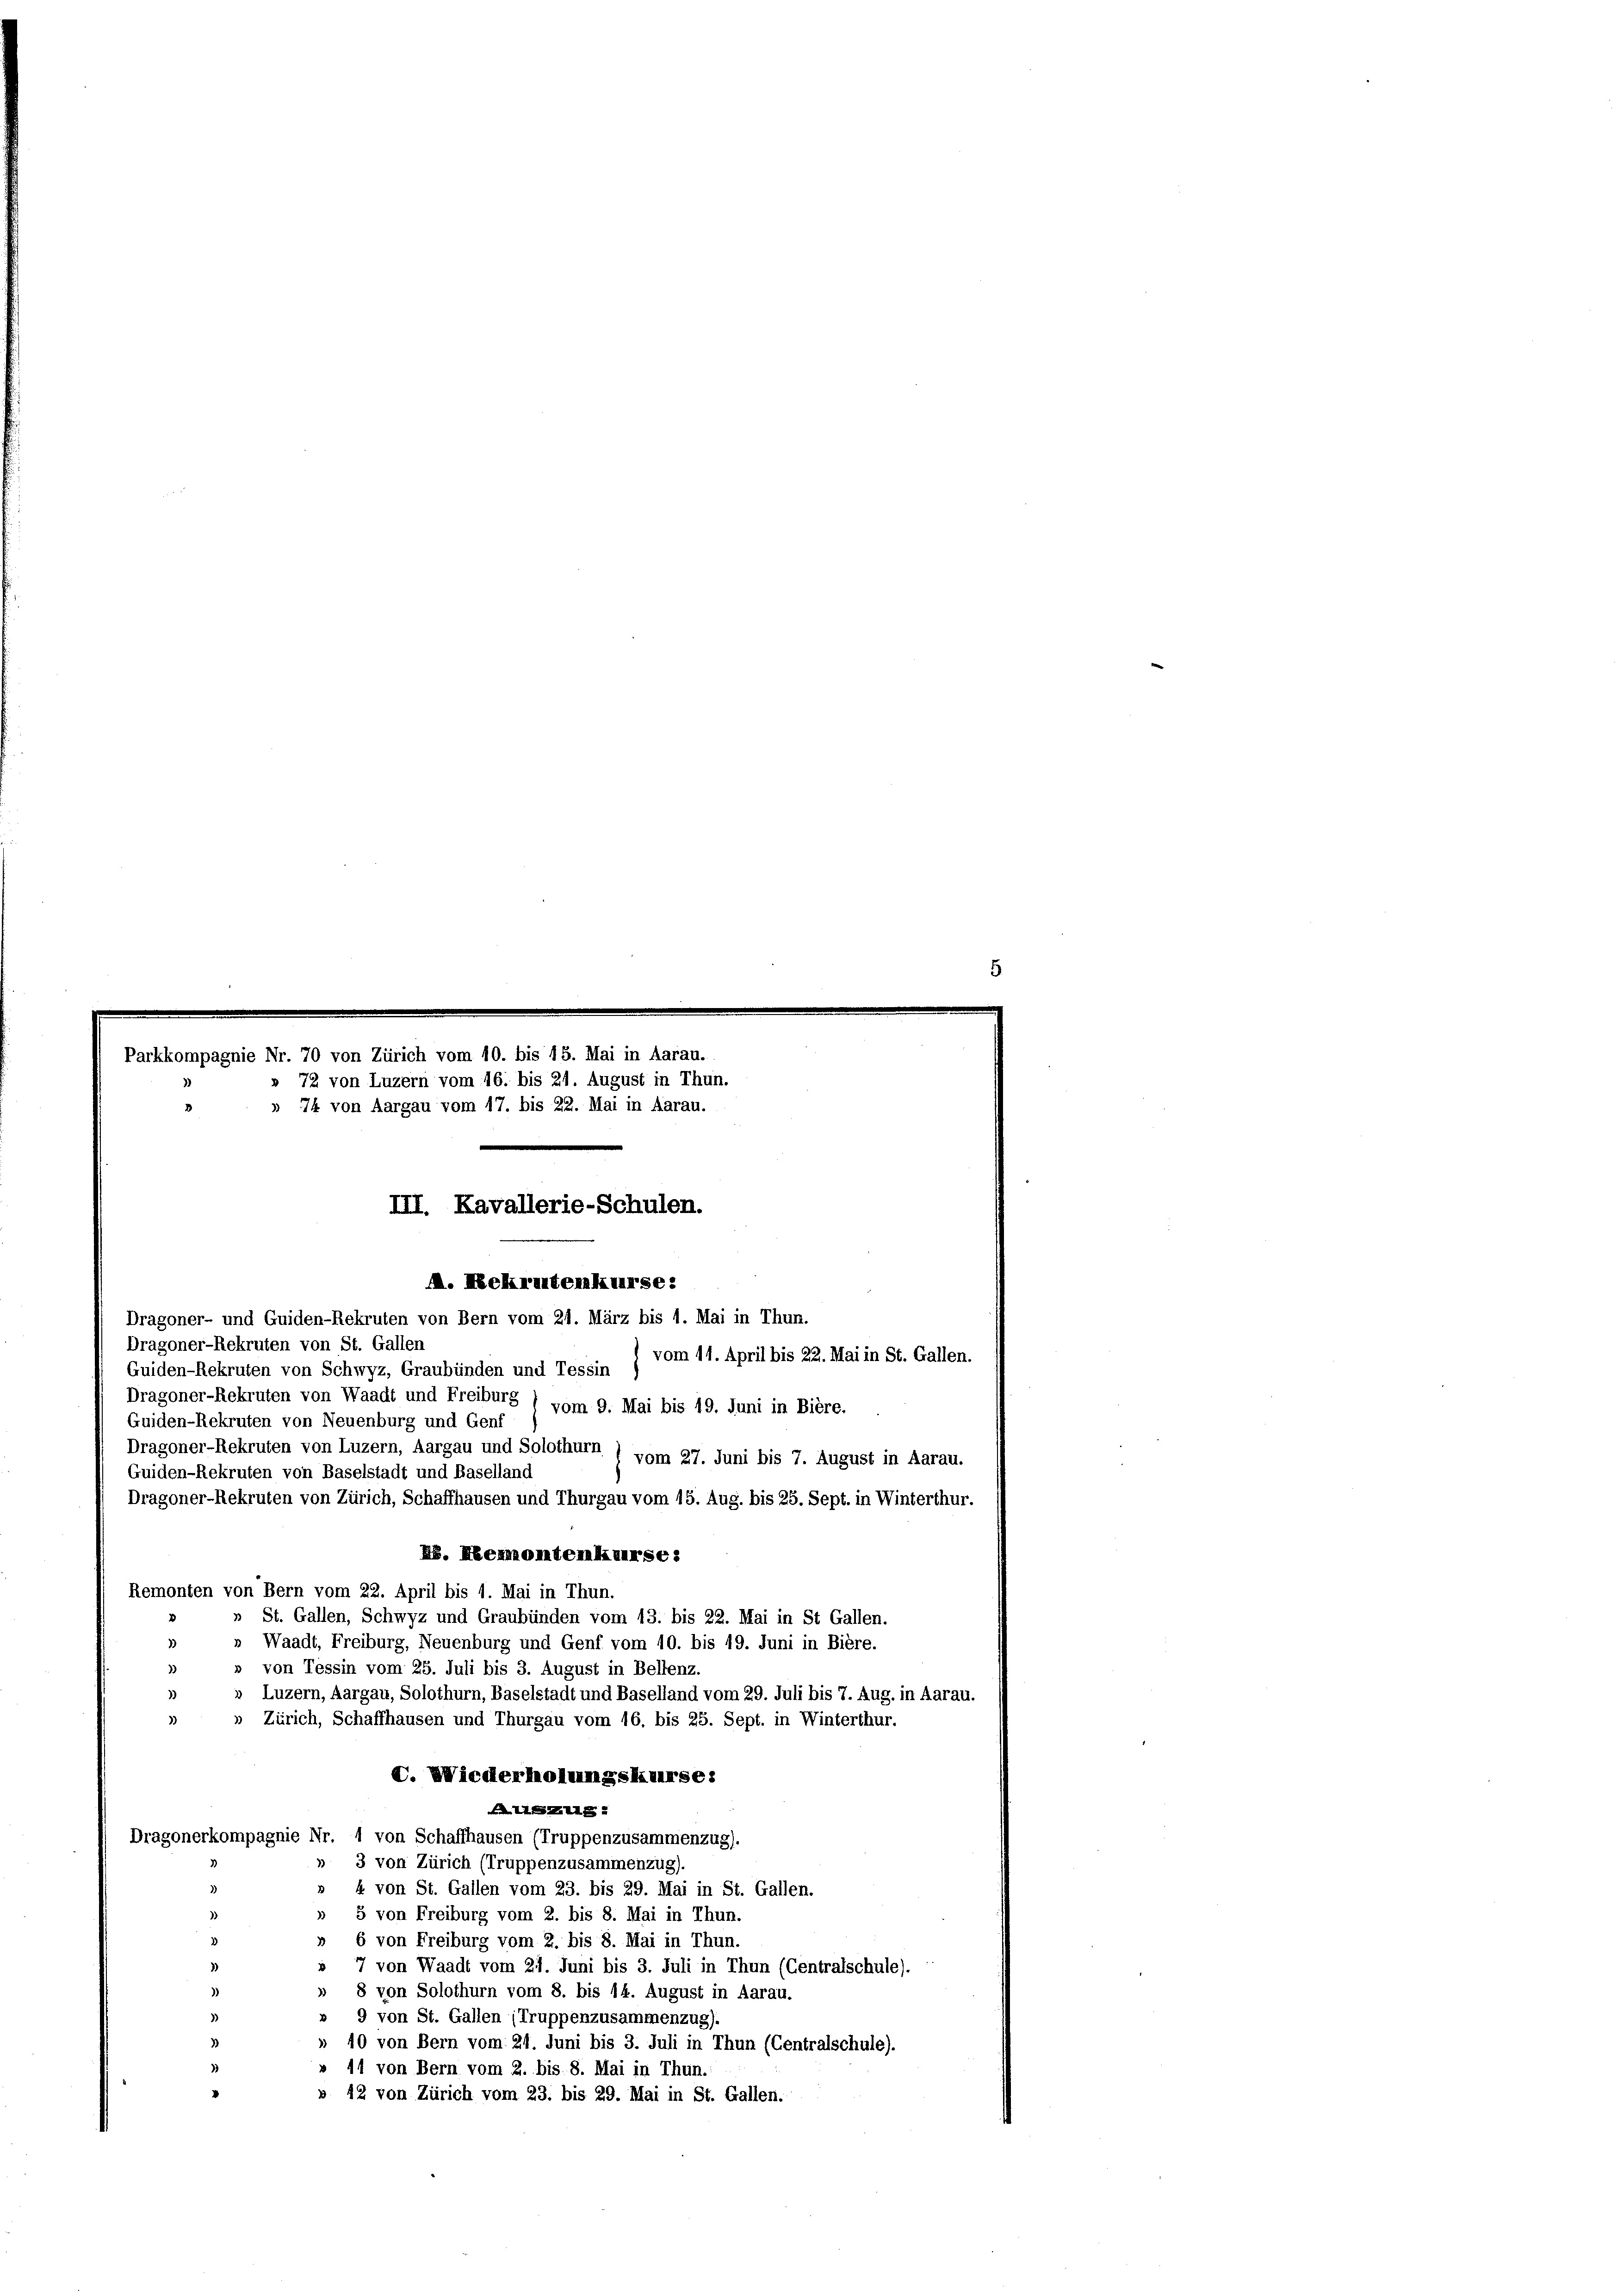
Parkkompagnie Nr. 70 von Zürich vom 10. bis 15. Mai in Aarau.
» 72 von Luzern vom 16. bis 21. August in Thun.
» 74 von Aargau vom 17. bis 22. Mai in Aarau.
III. Kavallerie-Schulen.
. Nekrantenkurse:

Dragoner- und Guiden-Rekruten von Bern vom 21. März bis 1. Mai in Thun.

Dragoner-Rekruten von Waadt und Freiburg ( vom 9. Mai bis 19. Juni in Bière.

Dragoner-Rekruten von St. Gallen
Guiden-Rekruten von Schwyz, Graubünden und Tessin
Guiden-Rekruten von Neuenburg und Genf
Dragoner-Rekruten von Luzern, Aargau und Solothurn ) vom 27. Juni bis 7. August in Aarau.
Guiden-Rekruten von Baselstadt und Baselland
Dragoner-Rekruten von Zürich, Schaffhausen und Thurgau vom 15. Aug. bis 25. Sept. in Winterthur.
N. Heumontenkurse:
Remonten von Bern vom 22. April bis 1. Mai in Thun.
» St. Gallen, Schwyz und Graubünden vom 13. bis 22. Mai in St Gallen.
3
» Waadt, Freiburg, Neuenburg und Genf vom 10. bis 19. Juni in Bière.
» von Tessin vom 25. Juli bis 3. August in Bellenz.
3
3)
» Luzern, Aargau, Solothurn, Baselstadt und Baselland vom 29. Juli bis 7. Aug. in Aarau.
» Zürich, Schaffhausen und Thurgau vom 16. bis 25. Sept. in Winterthur.
C. Wiederholungskurse:
ALLE
Dragonerkompagnie Nr. 1 von Schaffhausen (Truppenzusammenzug).
» 3 von Zürich (Truppenzusammenzug).
» 4 von St. Gallen vom 23. bis 29. Mai in St. Gallen.
» 5 von Freiburg vom 2. bis 8. Mai in Thun.
)
6 von Freiburg vom 2. bis 8. Mai in Thun.
3
» 7 von Waadt vom 27. Juni bis 3. Juli in Thun (Centralschule).
» 8 von Solothurn vom 8. bis 14. August in Aarau.
» 9 von St. Gallen (Truppenzusammenzug).
» 10 von Bern vom 24. Juni bis 3. Juli in Thun (Centralschule).
» 11 von Bern vom 2. bis 8. Mai in Thun.
» 42 von Zürich vom 23. bis 29. Mai in St. Gallen.

vom 14. April bis 22. Mai in St. Gallen.